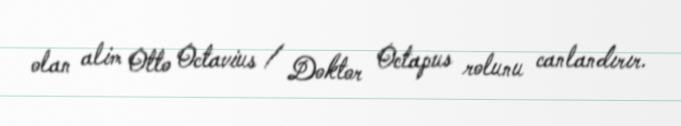
olan alim Otto Octavius / Doktor Octapus rolunu canlandırır.